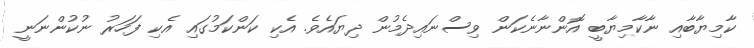
ކާމިޔާބާއި ނާކާމިޔާބީ އޮންނާނެކަން ވިސްނައިދެމުން ދިޔައެވެ. އެކި ކަންކަމުގައި އެކި ފަހަރު ނުކުންނަނީ